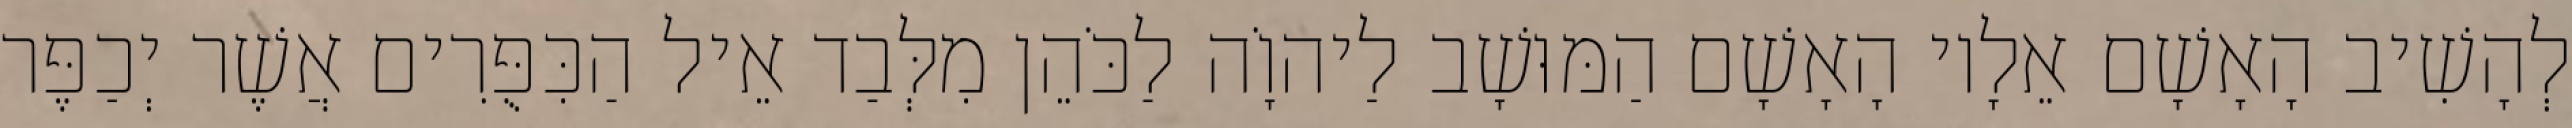
לְהָשִׁיב הָאָשָׁם אֵלָיו הָאָשָׁם הַמּוּשָׁב לַיהוָֹה לַכֹּהֵן מִלְּבַד אֵיל הַכִּפֻּרִים אֲשֶׁר יְכַפֶּר